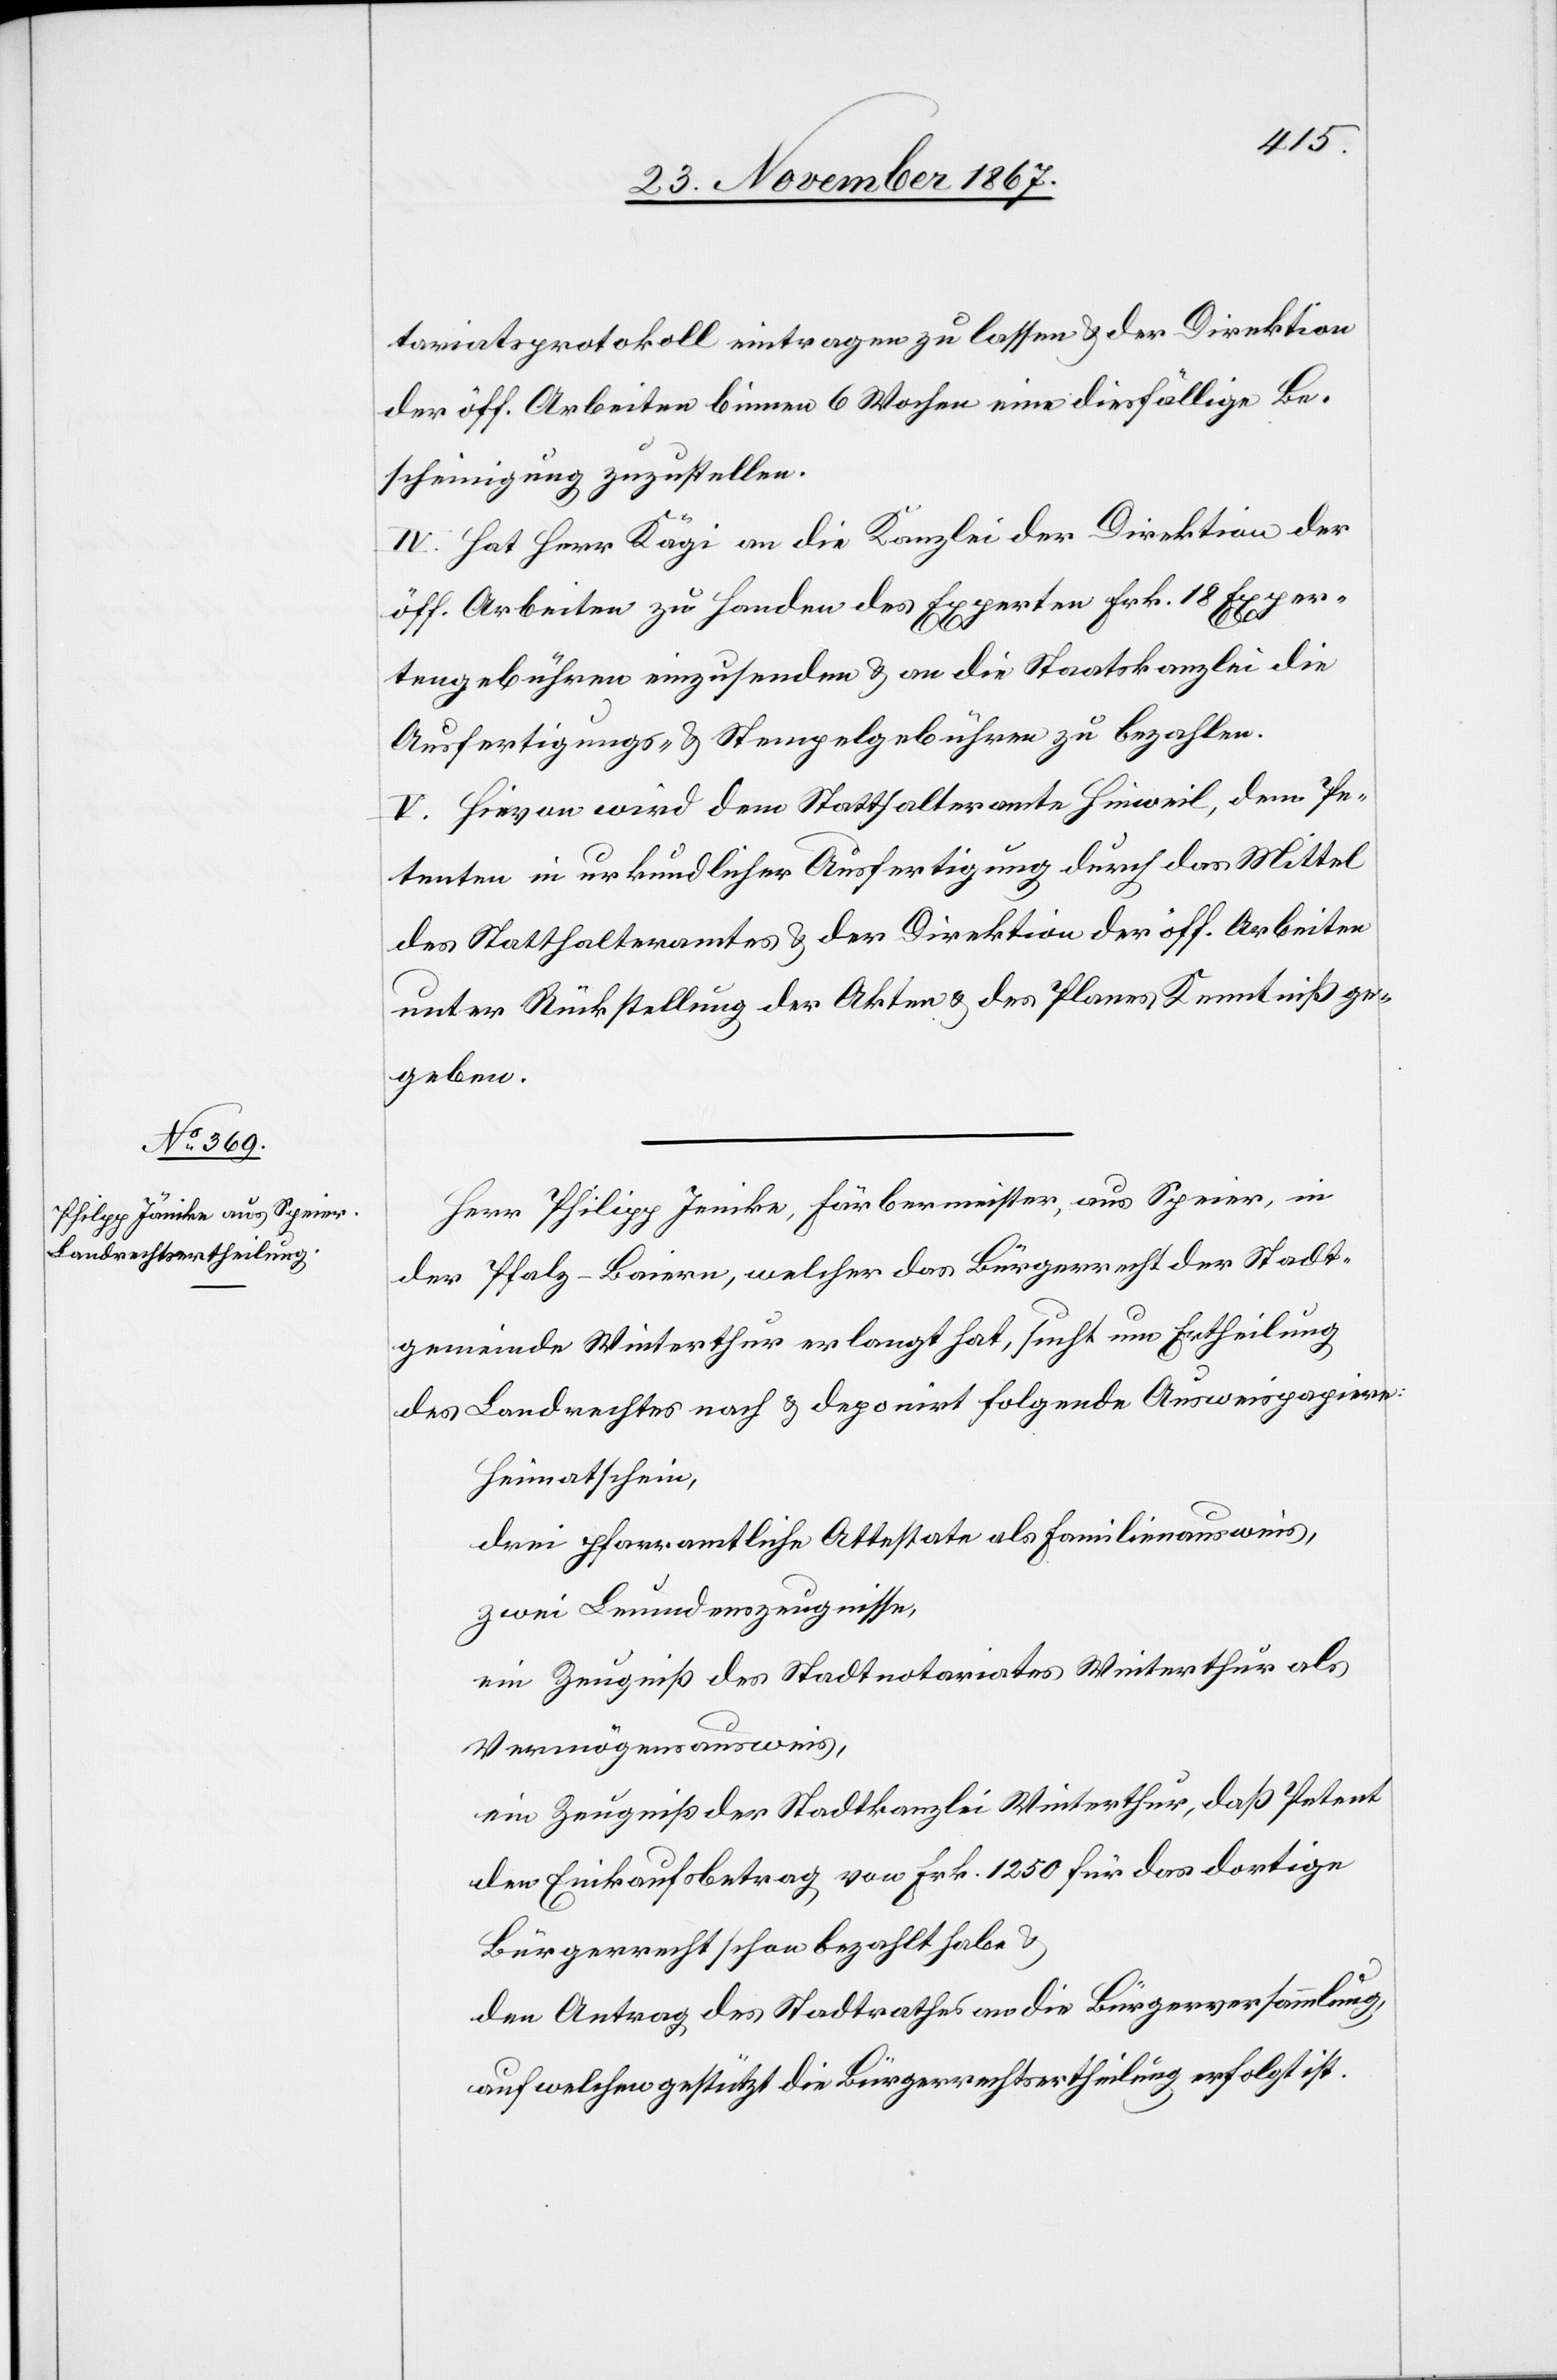
tariatsprotokoll eintragen zu lassen u. der Direktion
der öff. Arbeiten binnen 6 Wochen eine diesfällige Be¬
scheinigung zuzustellen.
IV. Hat Herr Kägi an die Kanzlei der Direktion der
öff. Arbeiten zu Handen des Experten Frk. 18 Exper¬
tengebühren einzusenden u. an die Staatskanzlei die
Ausfertigungs- u. Stempelgebühren zu bezahlen.
V. Hievon wird dem Statthalteramte Hinweil, dem Pe¬
tenten in urkundlicher Ausfertigung durch das Mittel
des Statthalteramtes u. der Direktion der öff. Arbeiten
unter Rückstellung der Akten u. des Planes Kenntniß ge¬
geben.
Herr Philipp Jenike [sic!], Färbermeister, aus Speier, in
der Pfalz-Baiern, welcher das Bürgerrecht der Stadt¬
gemeinde Winterthur erlangt hat, sucht um Ertheilung
des Landrechtes nach u. deponirt folgende Ausweispapiere:
Heimatschein,
drei pfarramtliche Attestate als Familienausweis,
zwei Leumdenszeugnisse,
ein Zeugniß des Stadtnotariates Winterthur als
Vermögensausweis,
ein Zeugniß der Stadtkanzlei Winterthur, daß Petent
den Einkaufsbetrag von Frk. 1250 für das dortige
Bürgerrecht schon bezahlt habe u.
den Antrag des Stadtrathes an die Bürgerversammlung
auf welchen gestützt die Bürgerrechtsertheilung erfolgt ist.